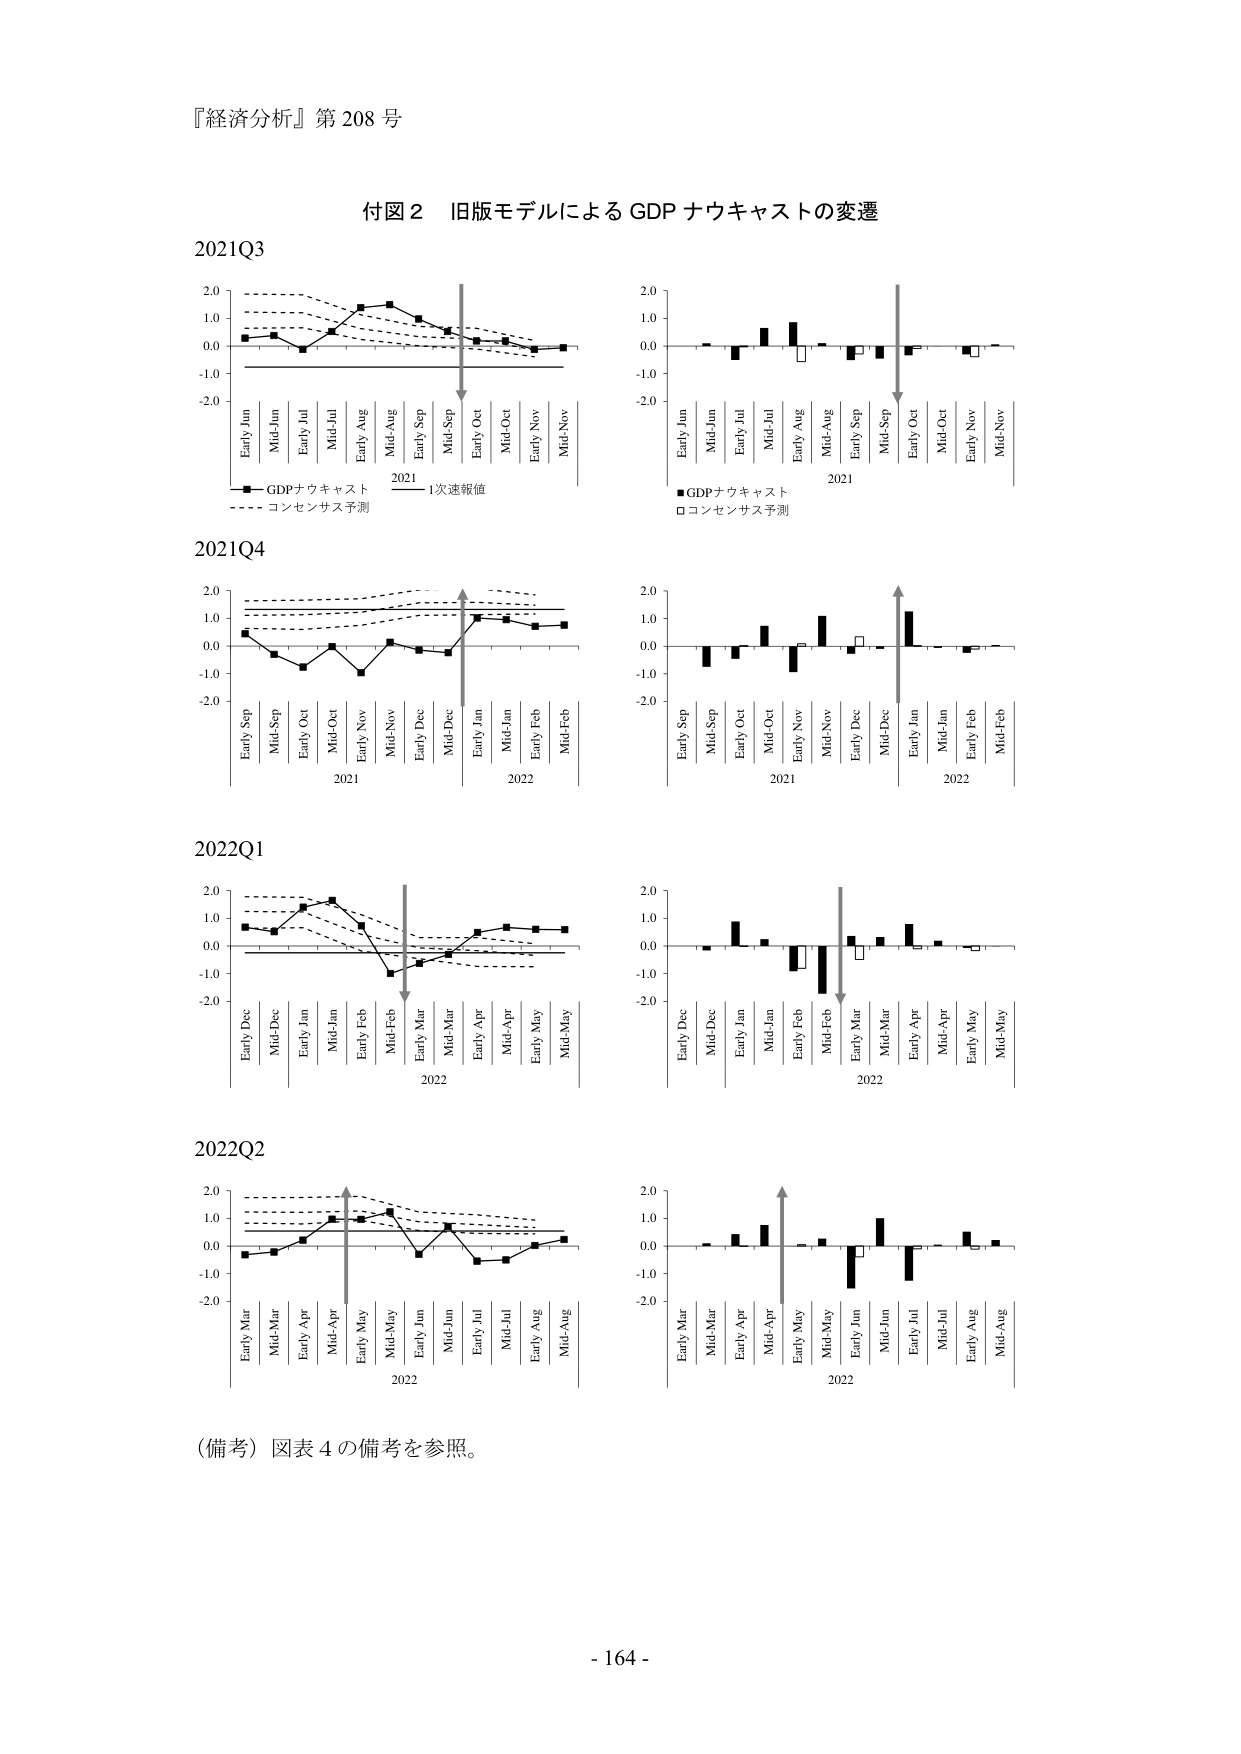
『経済分析』第 208 号

付図 2 旧版モデルによる GDP ナウキャストの変遷

2021Q3

Early Jun
Mid-Jun
Early Jul
Mid-Jul
Early Aug
Mid-Aug
Early Sep
Mid-Sep
Early Oct
Mid-Oct
Early Nov
Mid-Nov

2021

GDPナウキャスト
コンセンサス予測

1次速報値

Early Jun
Mid-Jun
Early Jul
Mid-Jul
Early Aug
Mid-Aug
Early Sep
Mid-Sep
Early Oct
Mid-Oct
Early Nov
Mid-Nov

2021

GDPナウキャスト
コンセンサス予測

2021Q4

Early Sep
Mid-Sep
Early Oct
Mid-Oct
Early Nov
Mid-Nov
Early Dec
Mid-Dec
Early Jan
Mid-Jan
Early Feb
Mid-Feb

2021
2022

Early Sep
Mid-Sep
Early Oct
Mid-Oct
Early Nov
Mid-Nov
Early Dec
Mid-Dec
Early Jan
Mid-Jan
Early Feb
Mid-Feb

2021
2022

2022Q1

Early Dec
Mid-Dec
Early Jan
Mid-Jan
Early Feb
Mid-Feb
Early Mar
Mid-Mar
Early Apr
Mid-Apr
Early May
Mid-May

2022

Early Dec
Mid-Dec
Early Jan
Mid-Jan
Early Feb
Mid-Feb
Early Mar
Mid-Mar
Early Apr
Mid-Apr
Early May
Mid-May

2022

2022Q2

Early Mar
Mid-Mar
Early Apr
Mid-Apr
Early May
Mid-May
Early Jun
Mid-Jun
Early Jul
Mid-Jul
Early Aug
Mid-Aug

2022

Early Mar
Mid-Mar
Early Apr
Mid-Apr
Early May
Mid-May
Early Jun
Mid-Jun
Early Jul
Mid-Jul
Early Aug
Mid-Aug

2022

（備考）図表 4 の備考を参照。

- 164 -